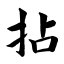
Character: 拈